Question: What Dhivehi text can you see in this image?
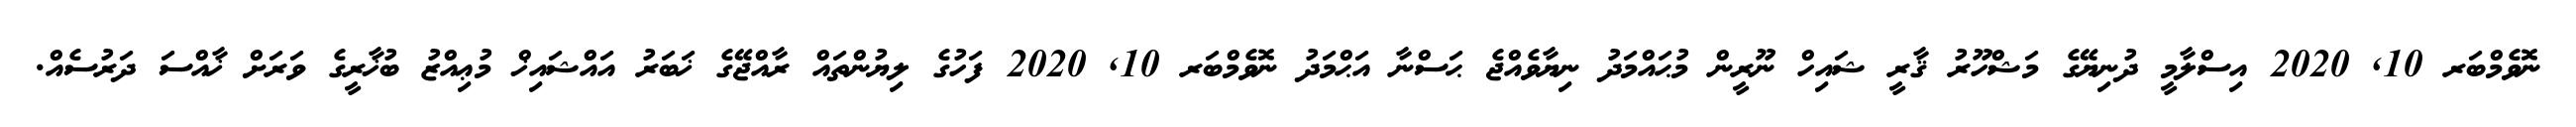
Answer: ނޮވެމްބަރ 10, 2020 އިސްލާމީ ދުނިޔޭގެ މަޝްހޫރު ޤާރީ ޝައިހް ނޫރީން މުޙައްމަދު ނިޔާވެއްޖެ ޙަސްނާ އަޙްމަދު ނޮވެމްބަރ 10, 2020 ފަހުގެ ލިޔުންތައް ރާއްޖޭގެ ޚަބަރު އައްޝައިޚް މުޢިއްޒު ބުޚާރީގެ ވަރަށް ޚާއްސަ ދަރުސެއް.